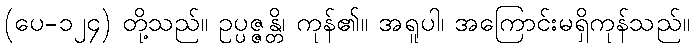
(ပေ-၁၂၄) တို့သည်။ ဥပ္ပဇ္ဇန္တိ၊ ကုန်၏။ အရူပါ၊ အကြောင်းမရှိကုန်သည်။